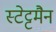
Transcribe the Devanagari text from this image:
स्टेट्टमैन